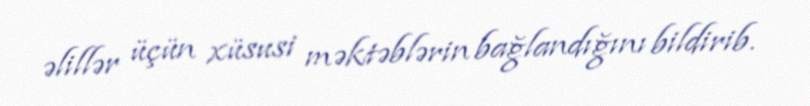
əlillər üçün xüsusi məktəblərin bağlandığını bildirib.